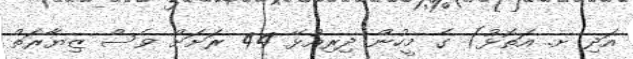
އަދި ށ. އަތޮޅު) ގެ މީހުން ދިރިއުޅޭ 44 ރަށަށް ވެސް ޒިޔާރަތް